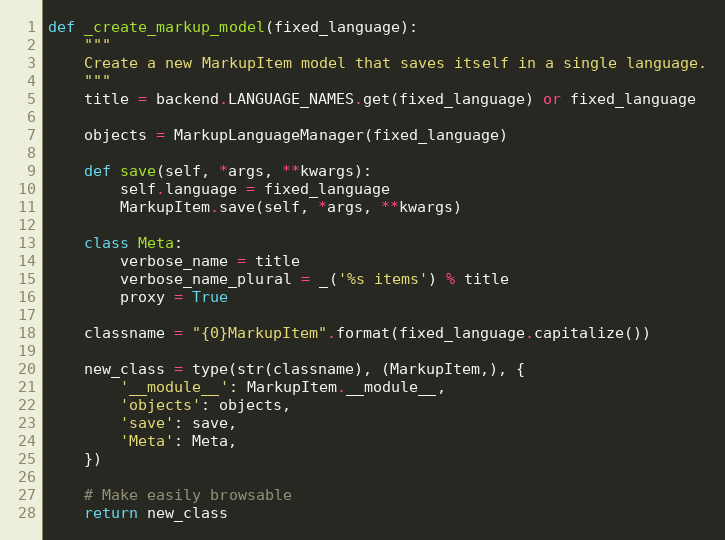
Language: Python
def _create_markup_model(fixed_language):
    """
    Create a new MarkupItem model that saves itself in a single language.
    """
    title = backend.LANGUAGE_NAMES.get(fixed_language) or fixed_language

    objects = MarkupLanguageManager(fixed_language)

    def save(self, *args, **kwargs):
        self.language = fixed_language
        MarkupItem.save(self, *args, **kwargs)

    class Meta:
        verbose_name = title
        verbose_name_plural = _('%s items') % title
        proxy = True

    classname = "{0}MarkupItem".format(fixed_language.capitalize())

    new_class = type(str(classname), (MarkupItem,), {
        '__module__': MarkupItem.__module__,
        'objects': objects,
        'save': save,
        'Meta': Meta,
    })

    # Make easily browsable
    return new_class